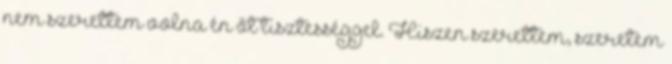
nem szerettem volna én őt tisztességgel. Hiszen szerettem, szeretem